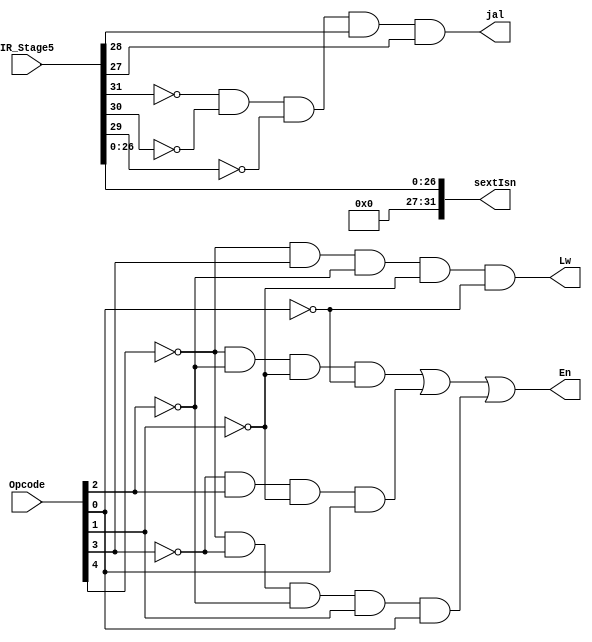
module WriteEn(Opcode,En,Lw,IR_Stage5,jal,sextIsn);

input[4:0] Opcode;
input [31:0] IR_Stage5;
output [31:0] sextIsn;
output jal;
output En,Lw;
wire w1,w2,w3,nA,nB,nC,nD,nE, OvFlag1,OvFlag2, OvfIm1, OvfIm2,OvfIm3,OvfIm4;
not not1(nA,Opcode[4]);
not not2(nB,Opcode[3]);
not not3(nC,Opcode[2]);
not not4(nD,Opcode[1]);
not not5(nE,Opcode[0]);

and and1(w1,nA,nC,nD,nE);
and and2(w2,nB,Opcode[2],nD,Opcode[0]);
and and3(w3,nA,nB,nC,Opcode[1],Opcode[0]);
assign jal = (!IR_Stage5[31] && !IR_Stage5[30] && !IR_Stage5[29] && IR_Stage5[28] && IR_Stage5[27]);
or or1(En,w1,w2,w3);
assign sextIsn[31:27] = 5'b00000;
assign sextIsn[26:0] = IR_Stage5[26:0];
and(Lw,nA,Opcode[3],nC,nD,nE);





endmodule